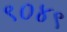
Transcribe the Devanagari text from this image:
९०४९